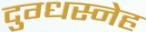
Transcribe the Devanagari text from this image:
दुग्धस्नेह